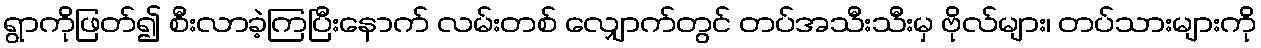
ရွာကိုဖြတ်၍ စီးလာခဲ့ကြပြီးနောက် လမ်းတစ် လျှောက်တွင် တပ်အသီးသီးမှ ဗိုလ်များ၊ တပ်သားများကို